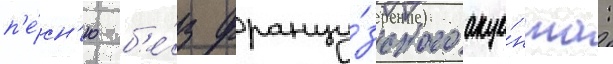
п'е́сн'ю б'е́з францу́зского акце́нта: